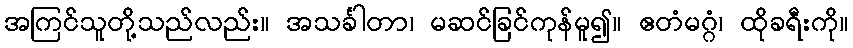
အကြင်သူတို့သည်လည်း။ အသင်္ခါတာ၊ မဆင်ခြင်ကုန်မူ၍။ ဧတံမဂ္ဂံ၊ ထိုခရီးကို။